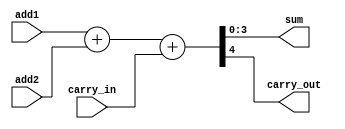
module adder4(add1,add2,carry_in,sum,carry_out);
input [3:0] add1,add2;
input carry_in;
output [3:0] sum;
output carry_out;

assign {carry_out,sum} = add1+add2+carry_in;

endmodule